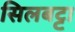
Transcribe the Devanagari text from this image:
सिलबट्टा